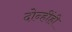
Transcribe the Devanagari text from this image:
दोन्हींही